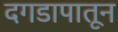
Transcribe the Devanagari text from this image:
दगडापातून